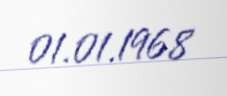
01.01.1968